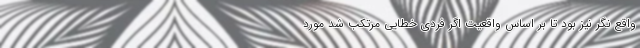
واقع‌ نگر نیز بود تا بر اساس واقعیت اگر فردی خطایی مرتکب شد مورد